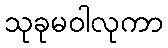
သုခုမဝါလုကာ